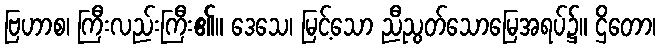
ဗြဟာစ၊ ကြီးလည်းကြီး၏။ ဒေသေ၊ မြင့်သော ညီညွတ်သောမြေအရပ်၌။ ဌိတော၊